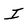
Character: I